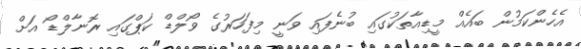
އެހެންކަމުން ބައެއް މީޑިއާތަކުގައި ބުނެފައި ވަނީ މިފަހަރުގެ ވޯލްޑް ކަޕްގައި ރޮނާލްޑޯ އަށް